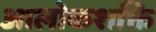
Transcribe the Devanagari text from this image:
आलोकशक्ति